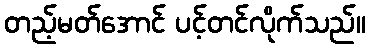
တည့်မတ်အောင် ပင့်တင်လိုက်သည်။